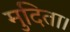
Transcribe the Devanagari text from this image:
मुदिता।